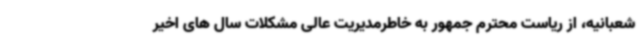
شعبانیه، از ریاست محترم جمهور به خاطرمدیریت عالی مشکلات سال های اخیر